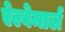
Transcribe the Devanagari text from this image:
ऐल्बेमार्ल